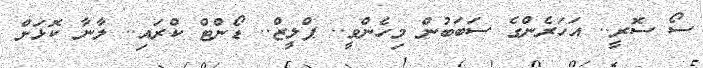
ސޯ ސޮރީ.. އަހަރެންގެ ސަބަބުން މިހެންވީ.. ޕްލީޒް.. ޑޯންޓް ކްރައި.. ލާނާ ކޮޅަށް